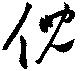
倪